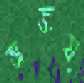
অজয়